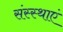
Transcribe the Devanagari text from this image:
संस्स्थाएं